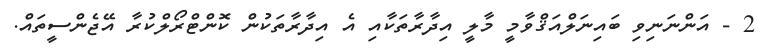
2 - އަންނަނިވި ބައިނަލްއަޤްވާމީ މާލީ އިދާރާތަކާއި އެ އިދާރާތަކުން ކޮންޓްރޯލްކުރާ އޭޖެންސީތައް.